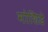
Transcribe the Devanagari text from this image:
मोशिडे